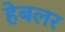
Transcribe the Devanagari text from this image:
हेबलर